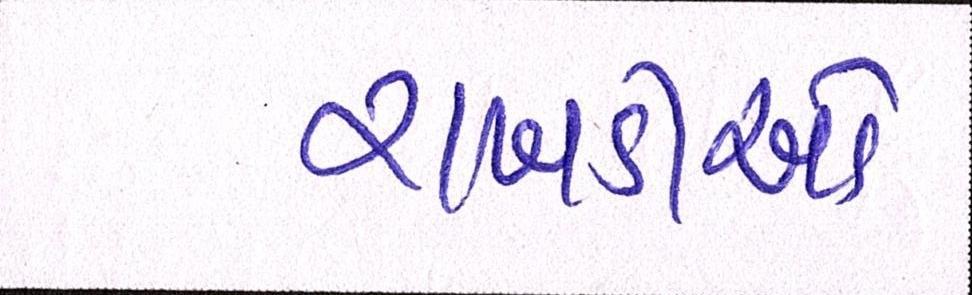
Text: રાખડીઓ